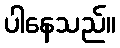
ပါနေသည်။